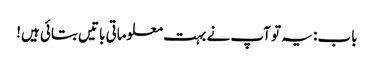
باب: یہ تو آپ نے بہت معلوماتی باتیں بتائی ہیں!